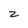
Character: z